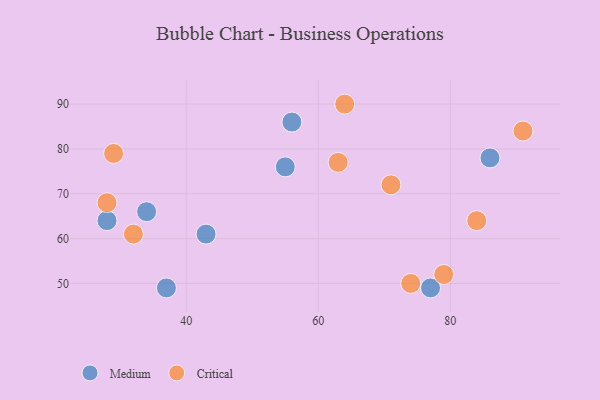
{"axis": {"x": "GDP", "y": "Life Expectancy"}, "legend": ["Critical", "Medium"], "data": [{"x": "28", "y": 64, "type": "Medium"}, {"x": "56", "y": 86, "type": "Medium"}, {"x": "37", "y": 49, "type": "Medium"}, {"x": "77", "y": 49, "type": "Medium"}, {"x": "34", "y": 66, "type": "Medium"}, {"x": "43", "y": 61, "type": "Medium"}, {"x": "55", "y": 76, "type": "Medium"}, {"x": "86", "y": 78, "type": "Medium"}, {"x": "64", "y": 90, "type": "Critical"}, {"x": "63", "y": 77, "type": "Critical"}, {"x": "91", "y": 84, "type": "Critical"}, {"x": "29", "y": 79, "type": "Critical"}, {"x": "79", "y": 52, "type": "Critical"}, {"x": "84", "y": 64, "type": "Critical"}, {"x": "71", "y": 72, "type": "Critical"}, {"x": "32", "y": 61, "type": "Critical"}, {"x": "74", "y": 50, "type": "Critical"}, {"x": "28", "y": 68, "type": "Critical"}]}